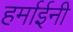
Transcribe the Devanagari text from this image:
हर्माईनी